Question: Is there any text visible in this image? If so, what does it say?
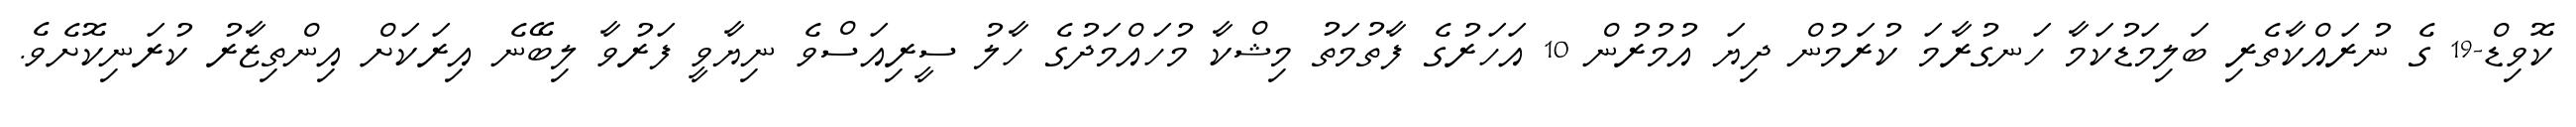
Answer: ކޮވިޑް-19 ގެ ނުރައްކާތެރި ބަލިމަޑުކަމާ ހަނގުރާމަ ކުރަމުން ދިޔަ އުމުރުން 10 އަހަރުގެ ފާތުމަތު މިޝްކާ މުހައްމަދުގެ ހާލު ސީރިއަސްވެ ނިޔާވީ ފަރުވާ ލިބޭނެ އިރަކަށް އިންތިޒާރު ކުރަނިކޮށެވެ.